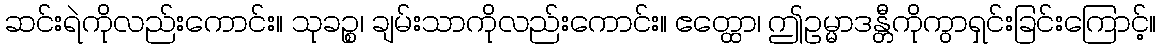
ဆင်းရဲကိုလည်းကောင်း။ သုခဉ္စ၊ ချမ်းသာကိုလည်းကောင်း။ ဧတ္ထော၊ ဤဥမ္မာဒန္တီကိုကွာရှင်းခြင်းကြောင့်။